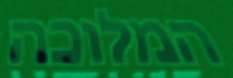
המלוכה